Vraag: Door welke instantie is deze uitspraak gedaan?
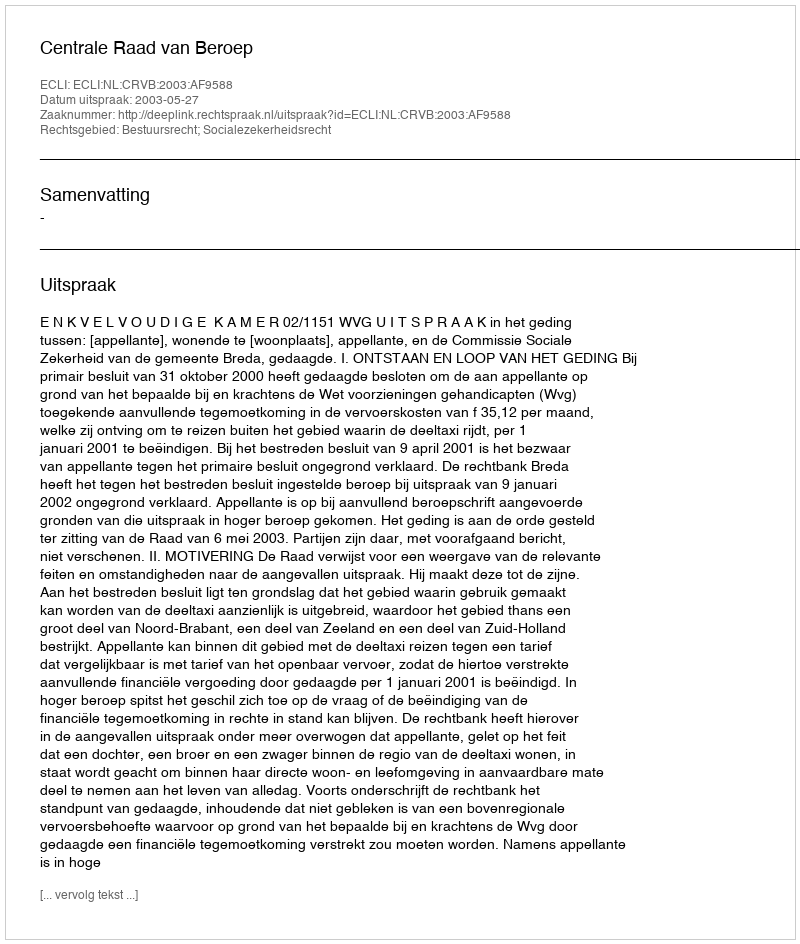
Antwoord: Centrale Raad van Beroep